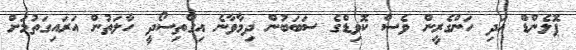
ޕޮލެންޑް އަދި ހަންގެރީން ވެސް ކޮވިޑްގެ ސަބަބުން ދިމާވާނެ އިގްތިސޯދީ ހާލަތުން އަރައިގަތުމަށް